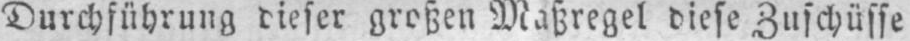
Durchführung dieser großen Maßregel diese Zuschüsse